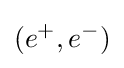
(e^{+},e^{-})